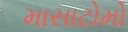
માસાટોમો